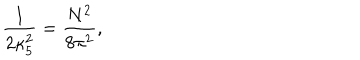
\frac { 1 } { 2 \kappa _ { 5 } ^ { 2 } } = \frac { N ^ { 2 } } { 8 \pi ^ { 2 } } ,